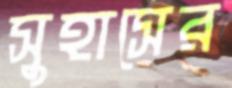
সুহাসের